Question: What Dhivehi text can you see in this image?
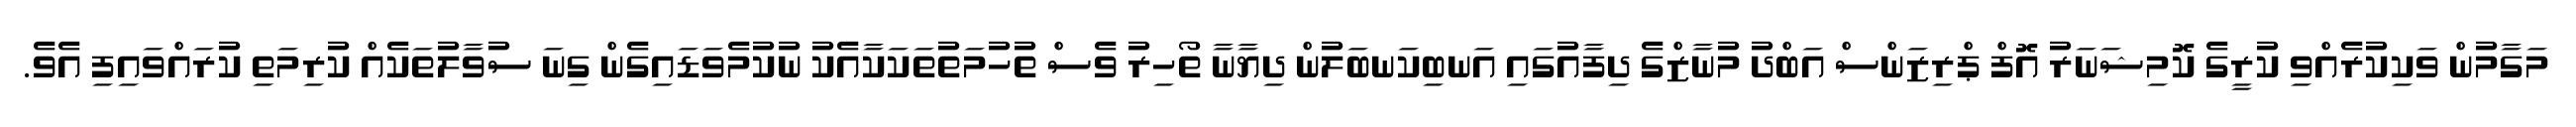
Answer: މަގާމުން ވަކިކުރެއްވި ކުރީގެ ކޮމިޝަނަރު އޮފް ޕްރިޒަންސް އަބްދު މުނާޒްގެ ދިފާއުގައި އަނބިކަނބަލުން ދިޔާނާ ތޯހިރު ވެސް ތުހުމަތުތަކަކާއެކު ނުކުމެވަޑައިގެން ގިނަ ސުވާލުތަކެއް ކުރިމަތި ކުރައްވައިފި އެވެ.